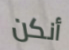
أنكن